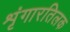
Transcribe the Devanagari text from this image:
शृंगारतिलक